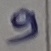
Text: 9